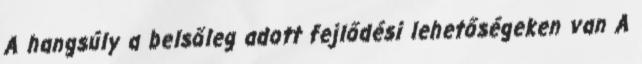
A hangsúly a belsőleg adott fejlődési lehetőségeken van A